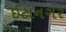
ઈટાનગર